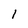
Character: 1